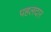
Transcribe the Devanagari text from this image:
पहलदार